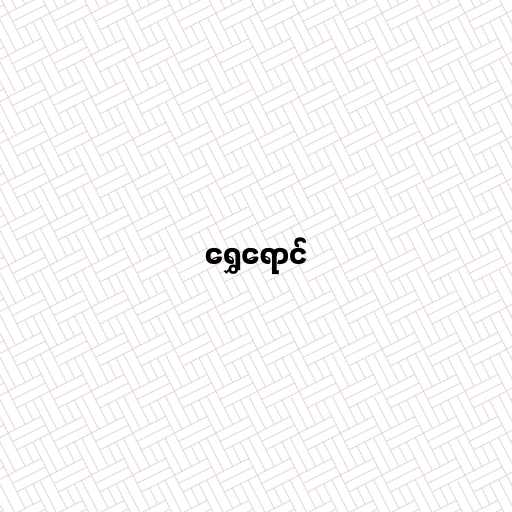
ရွှေရောင်